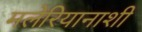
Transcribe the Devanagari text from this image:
मलेरियानाशी